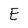
Character: E